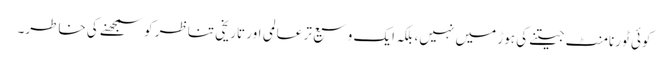
کوئی ٹورنامنٹ جیتنے کی ہوڑ میں نہیں، بلکہ ایک وسیع تر عالمی اور تاریخی تناظر کو سمجھنے کی خاطر۔